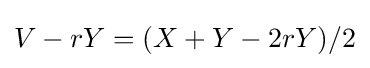
V-rY=(X+Y-2rY)/2